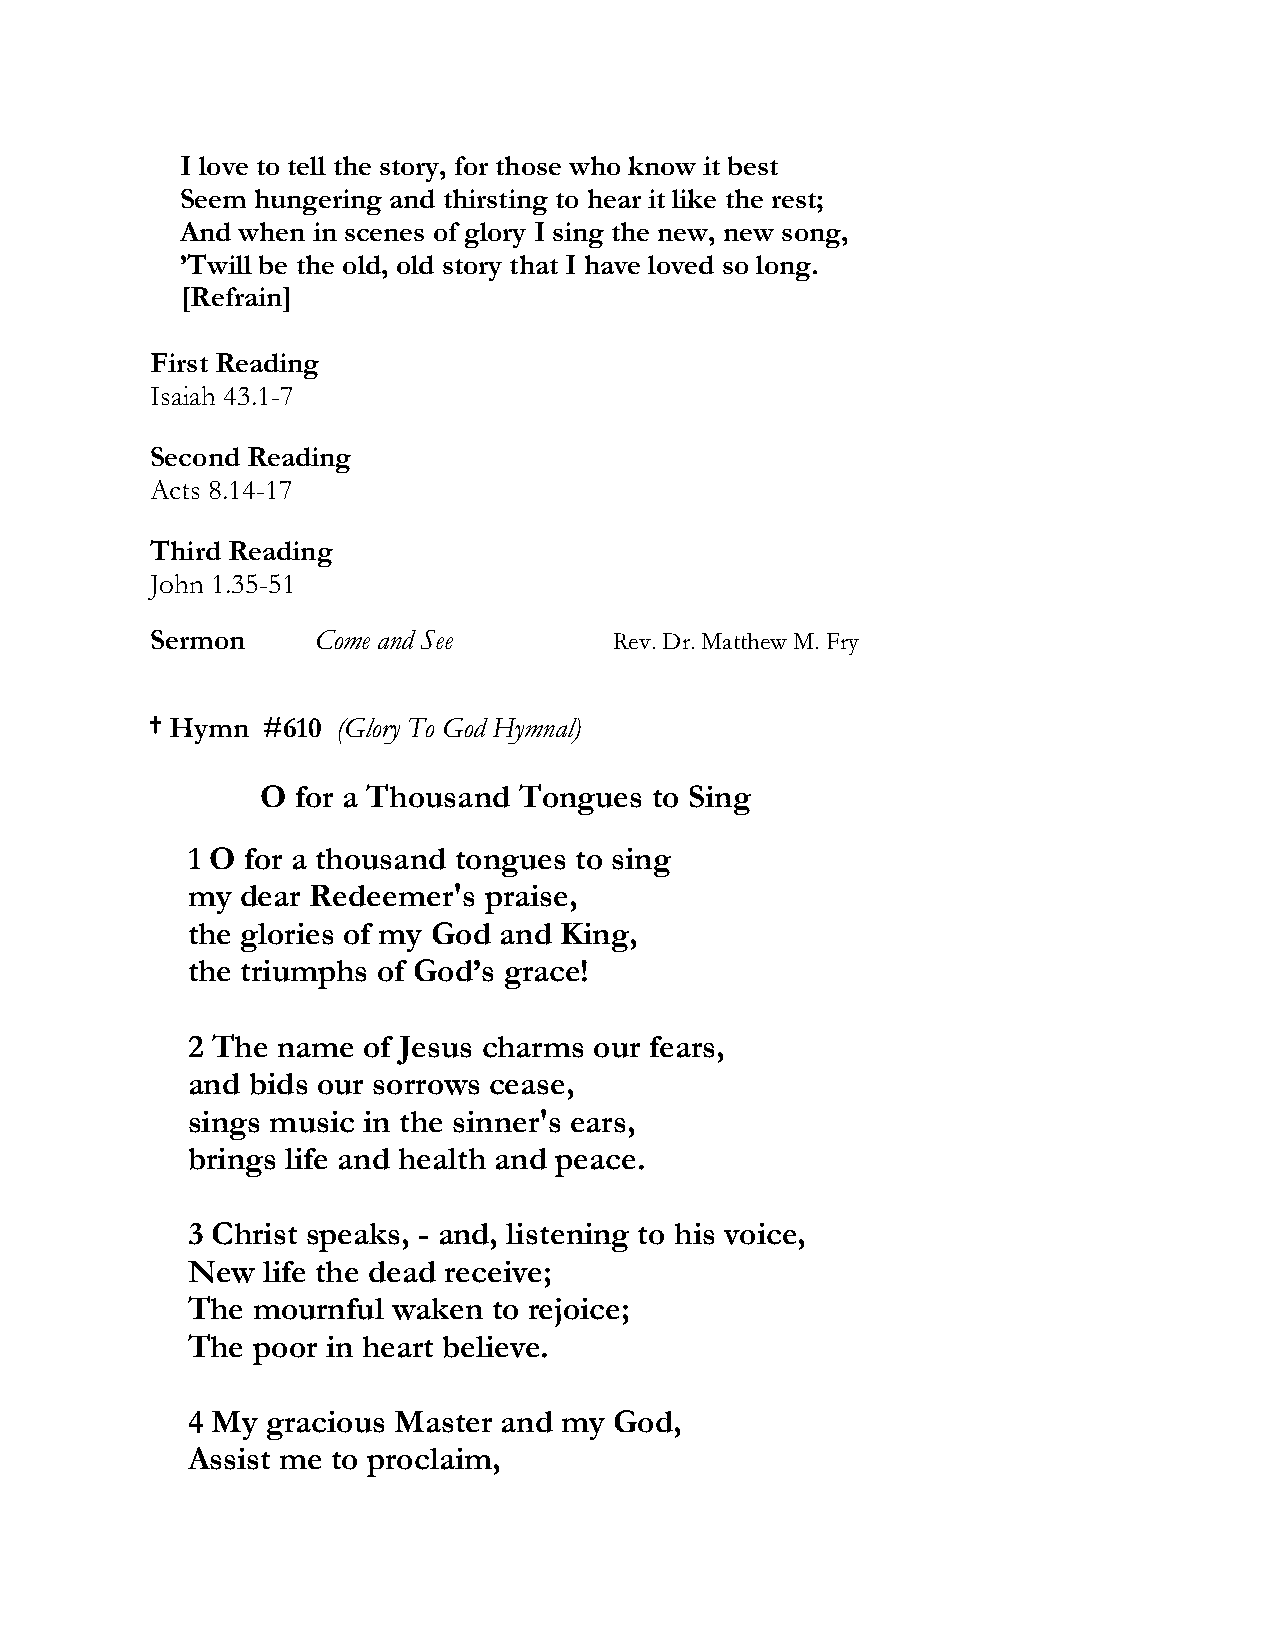
I love to tell the story, for those who know it best
 Seem hungering and thirsting to hear it like the rest;
 And when in scenes of glory I sing the new, new song,
 ’Twill be the old, old story that I have loved so long.
 [Refrain]
 First Reading
 Isaiah 43.1-7
 Second Reading
 Acts 8.14-17
 Third Reading
 John 1.35-51
 Sermon     Come and See        Rev. Dr. Matthew M. Fry
 † Hymn #610 (Glory To God Hymnal)
 O  for a Thousand Tongues to Sing
 1 O for a thousand tongues to sing
 my  dear Redeemer's praise,
 the glories of my God and King,
 the triumphs of God’s grace!
 2 The name  of Jesus charms our fears,
 and bids our sorrows cease,
 sings music in the sinner's ears,
 brings life and health and peace.
 3 Christ speaks, - and, listening to his voice,
 New  life the dead receive;
 The  mournful waken  to rejoice;
 The  poor in heart believe.
 4 My  gracious Master and my God,
 Assist me to proclaim,